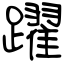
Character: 躍